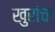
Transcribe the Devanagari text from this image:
खुरांचा